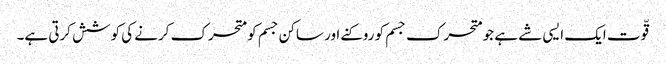
قّوت ایک ایسی شے ہے جو متحرک جسم کو روکنے اور ساکن جسم کو متحرک کرنے کی کوشش کرتی ہے۔